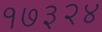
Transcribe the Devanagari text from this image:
१७३२४